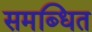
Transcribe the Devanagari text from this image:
समब्धित